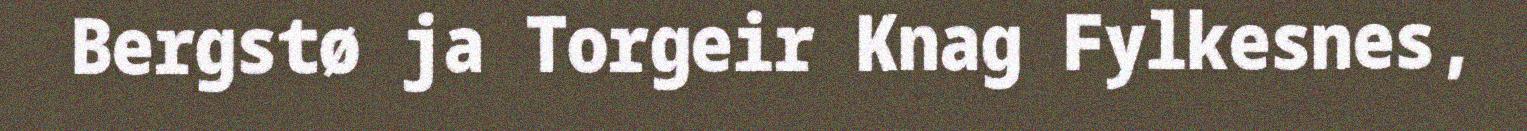
Bergstø ja Torgeir Knag Fylkesnes,